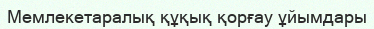
Мемлекетаралық құқық қорғау ұйымдары